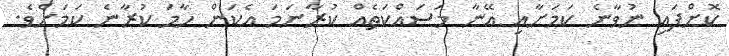
ކޮށްފައި ނުވާނެ ކަމަށާއި އޭނާ މަސައްކަތެއް ކުރާނަމަ އެކަން ހާމަ ކުރާނެ ކަމަށެވެ.